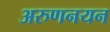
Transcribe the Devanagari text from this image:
अरुणनयन